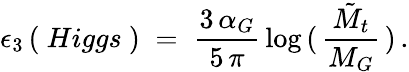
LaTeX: \epsilon_{3}\, (\ Higgs\ )\; =\; \frac{3\, \alpha_{G}}{5\, \pi}\, \log\, (\, \frac{\tilde{M}_{t}}{M_{G}}\, )\, .